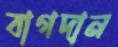
বাগদান